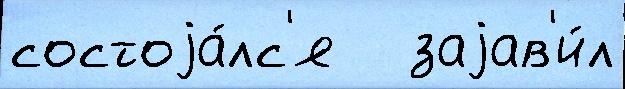
состоjа́лс'я   заjав'и́л